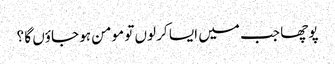
پوچھا جب میں ایسا کر لوں تو مومن ہو جاؤں گا ؟